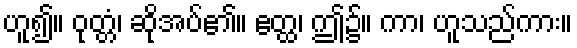
ဟူ၍။ ဝုတ္တံ၊ ဆိုအပ်၏။ ဧတ္ထ၊ ဤ၌။ ကာ၊ ဟူသည်ကား။